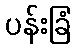
ပန်းခြံ